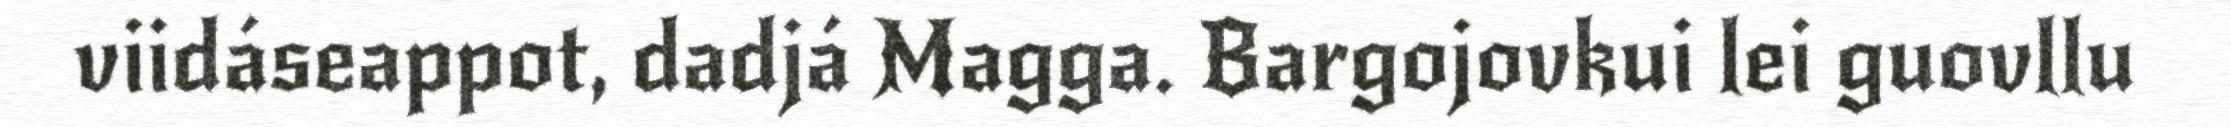
viidáseappot, dadjá Magga. Bargojovkui lei guovllu